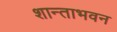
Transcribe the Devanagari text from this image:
शान्ताभवन